Insane asylums in Bengal annual reports 1867-1875 - 1867-1875
Year: 1867
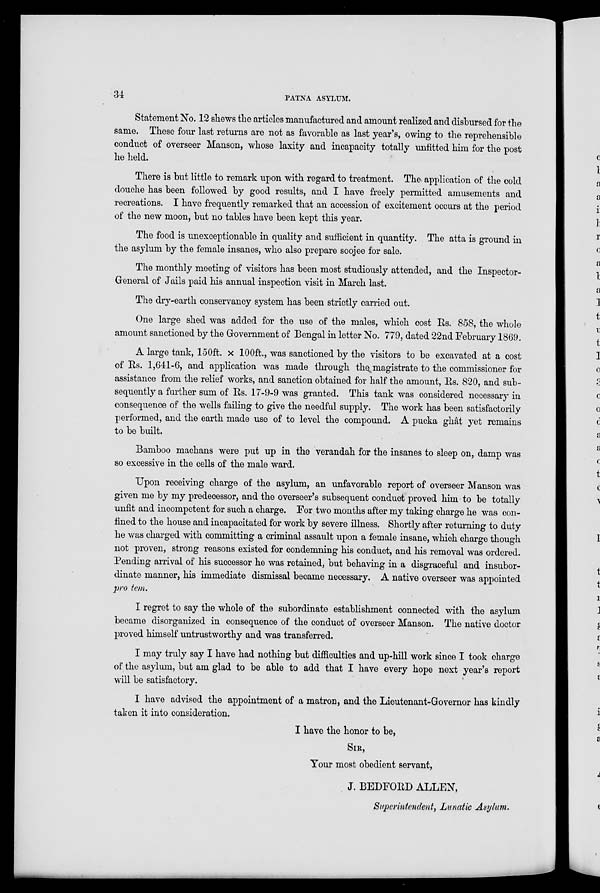
34
PATNA ASYLUM.
Statement No. 12 shews the articles manufactured and amount realized and disbursed for the
same. These four last returns are not as favorable as last year's, owing to the reprehensible
conduct of overseer Manson, whose laxity and incapacity totally unfitted him for the post
he held.
There is but little to remark upon with regard to treatment. The. application of the cold
douche has been followed by good results, and I have freely permitted amusements and
recreations. I have frequently remarked that an accession of excitement occurs at the period
of the new moon, but no tables have been kept this year.
The food is unexceptionable in quality and sufficient in quantity. The atta is ground in
the asylum by the female insanes, who also prepare soojee for sale.
The monthly meeting of visitors has been most studiously attended, and the Inspector-
General of Jails paid his annual inspection visit in March last.
The dry-earth conservancy system has been strictly carried out.
One large shed was added for the use of the males, which cost Rs. 858, the whole
amount sanctioned by the Government of Bengal in letter No. 779, dated 22nd February 1869.
A large tank, 150ft. x 100ft., was sanctioned by the visitors to be excavated at a cost
of Rs. 1,641-6, and application was made through the magistrate to the commissioner for
assistance from the relief works, and sanction obtained for half the amount, Rs. 820, and sub-
sequently a further sum of Rs. 17-9-9 was granted. This tank was considered necessary in
consequence of the wells failing to give the needful supply. The work has been satisfactorily
performed, and the earth made use of to level the compound. A pucka ghât yet remains
to be built.
Bamboo machans were put up in the verandah for the insanes to sleep on, damp was
so excessive in the cells of the male ward.
Upon receiving charge of the asylum, an unfavorable report of overseer Manson was
given me by my predecessor, and the overseer's subsequent conduct proved him to be totally
unfit and incompetent for such a charge. For two months after my taking charge he was con-
fined to the house and incapacitated for work by severe illness. Shortly after returning to duty
he was charged with committing a criminal assault upon a female insane, which charge though
not proven, strong reasons existed for condemning his conduct, and his removal was ordered.
Pending arrival of his successor he was retained, but behaving in a disgraceful and insubor-
dinate manner, his immediate dismissal became necessary. A native overseer was appointed
pro tem.
I regret to say the whole of the subordinate establishment connected with the asylum
became disorganized in consequence of the conduct of overseer Manson. The native doctor
proved himself untrustworthy and was transferred.
I may truly say I have had nothing but difficulties and up-hill work since I took charge
of the asylum, but am glad to be able to add that I have every hope next year's report
will be satisfactory.
I have advised the appointment of a matron, and the Lieutenant-Governor has kindly
taken it into consideration.
I have the honor to be,
SIR,
Your most obedient servant,
J. BEDFORD ALLEN,
Superintendent, Lunatic Asylum.